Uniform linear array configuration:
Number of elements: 16
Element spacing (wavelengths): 0.75
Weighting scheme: blackman
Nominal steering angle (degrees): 60
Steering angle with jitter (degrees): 59.268
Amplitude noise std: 0.05
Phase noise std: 0.05

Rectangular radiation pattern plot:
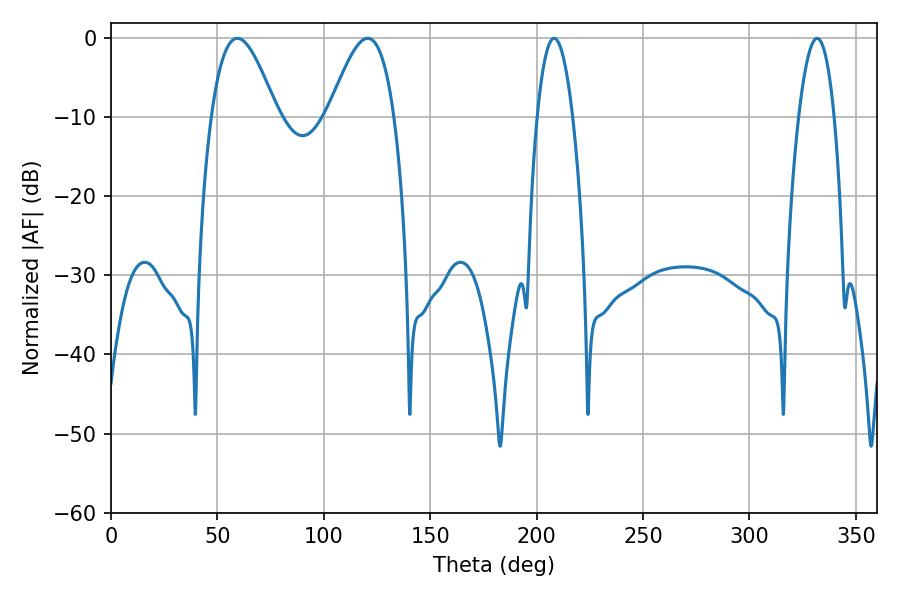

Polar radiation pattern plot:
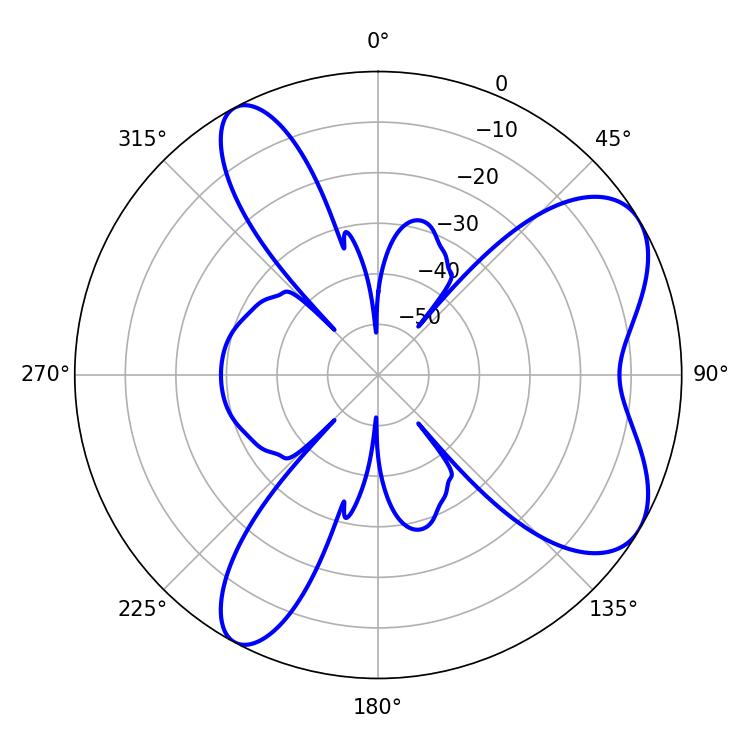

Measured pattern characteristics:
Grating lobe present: TRUE
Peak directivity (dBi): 6.9
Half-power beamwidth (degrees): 16.56
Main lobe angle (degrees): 59.4